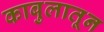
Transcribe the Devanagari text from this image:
काबुलातून